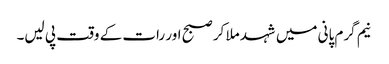
نیم گرم پانی میں شہد ملا کر صبح اور رات کے وقت پی لیں۔